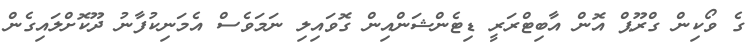
ގެ ވޯކިން ގްރޫޕް އޮން އާބިޓްރަރީ ޑިޓެންޝަންއިން ގޮވައިލި ނަމަވެސް އެމަނިކުފާނު ދޫކޮށްލައިގެން